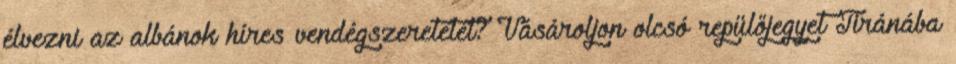
élvezni az albánok híres vendégszeretetét? Vásároljon olcsó repülőjegyet Tiránába